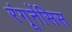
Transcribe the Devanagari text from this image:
रंगूनेंसिस